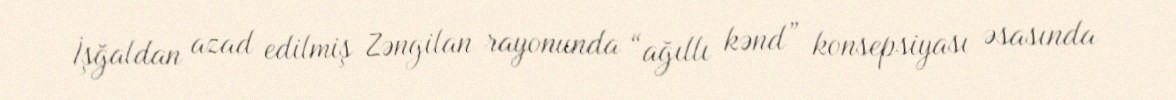
İşğaldan azad edilmiş Zəngilan rayonunda “ağıllı kənd” konsepsiyası əsasında